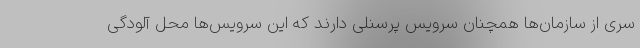
سری از سازمان‌ها همچنان سرویس پرسنلی دارند که این سرویس‌ها محل آلودگی